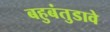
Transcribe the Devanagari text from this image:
बहुबंतुडावे